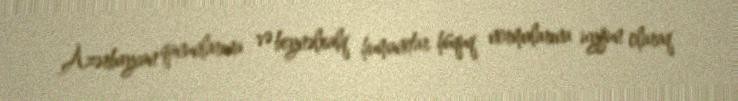
Azərbaycan qanunlarına və beynəlxalq humanitar hüquq normalarına uyğun olaraq